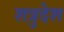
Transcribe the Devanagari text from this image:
शत्रुदेश